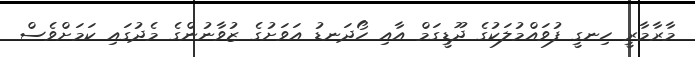
މާރާމާރީ ހިނގީ ފުވައްމުލަކުގެ ދޫޑީގަމް އާއި ހޯދަނޑު އަވަށުގެ ޒުވާނުންގެ މެދުގައި ކަމަށްވެސް